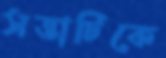
সত্তাটিকে